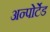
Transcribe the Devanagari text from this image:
अन्पोर्टेड